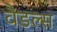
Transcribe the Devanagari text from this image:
वैडल्स